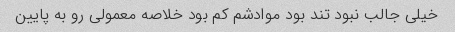
خیلی جالب نبود تند بود موادشم کم بود خلاصه معمولی رو به پایین